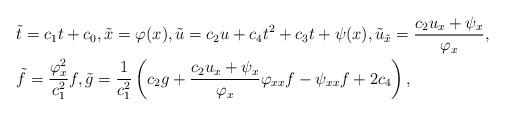
LaTeX: \begin{align*} &\tilde t = c_1t+c_0, \tilde x=\varphi(x), \tilde u = c_2u+c_4t^2+c_3t+\psi(x), \tilde u_{\tilde x}=\frac{c_2u_x+\psi_x}{\varphi_x},\\ &\tilde f = \frac{\varphi_x^2}{c_1^2}f, \tilde g = \frac{1}{c_1^2}\left(c_2g+\frac{c_2u_x+\psi_x}{\varphi_x}\varphi_{xx}f-\psi_{xx}f+2c_4\right),\end{align*}